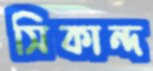
সিকান্দ